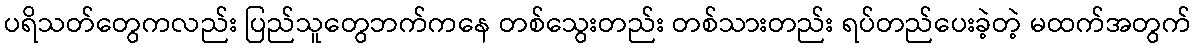
ပရိသတ်တွေကလည်း ပြည်သူတွေဘက်ကနေ တစ်သွေးတည်း တစ်သားတည်း ရပ်တည်ပေးခဲ့တဲ့ မထက်အတွက်